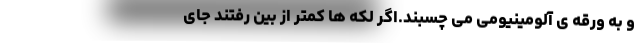
و به ورقه ی آلومینیومی می چسبند.اگر لکه ها کمتر از بین رفتند جای